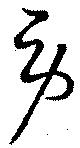
勞